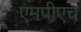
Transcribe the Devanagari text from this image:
एमपीएच